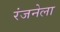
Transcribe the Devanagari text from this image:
रंजनेला